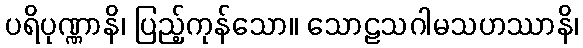
ပရိပုဏ္ဏာနိ၊ ပြည့်ကုန်သော။ သောဠသဂါမသဟဿာနိ၊